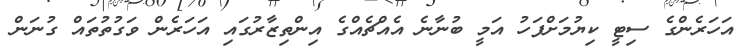
އަހަރެންގެ ސިޓީ ކިޔުމަށްފަހު އަމީ ބުނާނެ އެއްޗެއްގެ އިންތިޒާރުގައި އަހަރެން ވަގުތުތައް ގުނަން